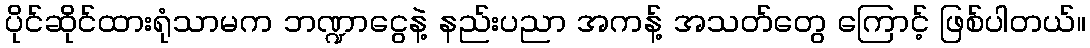
ပိုင်ဆိုင်ထားရုံသာမက ဘဏ္ဍာငွေနဲ့ နည်းပညာ အကန့် အသတ်တွေ ကြောင့် ဖြစ်ပါတယ်။